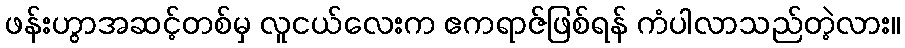
ဖန်းဟွာအဆင့်တစ်မှ လူငယ်လေးက ဧကရာဇ်ဖြစ်ရန် ကံပါလာသည်တဲ့လား။